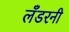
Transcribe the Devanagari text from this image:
लँडरनी